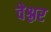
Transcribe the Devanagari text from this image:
वेश्लर